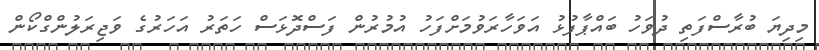
މިދިޔަ ބުރާސްފަތި ދުވަހު ބައްޕާފުޅު އަވަހާރަވުމަށްފަހު އުމުރުން ފަސްދޮޅަސް ހަތަރު އަހަރުގެ ވަޖިރަލުންގްކޯން